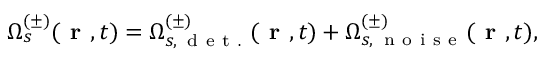
\Omega _ { s } ^ { ( \pm ) } ( \textbf { r } , t ) = \Omega _ { s , \, \mathrm { ~ d ~ e ~ t ~ . ~ } } ^ { ( \pm ) } ( \textbf { r } , t ) + \Omega _ { s , \, \mathrm { ~ n ~ o ~ i ~ s ~ e ~ } } ^ { ( \pm ) } ( \textbf { r } , t ) ,